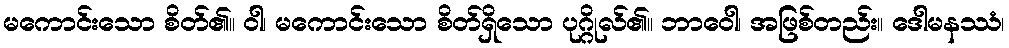
မကောင်းသော စိတ်၏။ ဝါ၊ မကောင်းသော စိတ်ရှိသော ပုဂ္ဂိုလ်၏။ ဘာဝေါ၊ အဖြစ်တည်း။ ဒေါမနဿံ၊